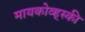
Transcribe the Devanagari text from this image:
मायकोव्ह्‌स्की